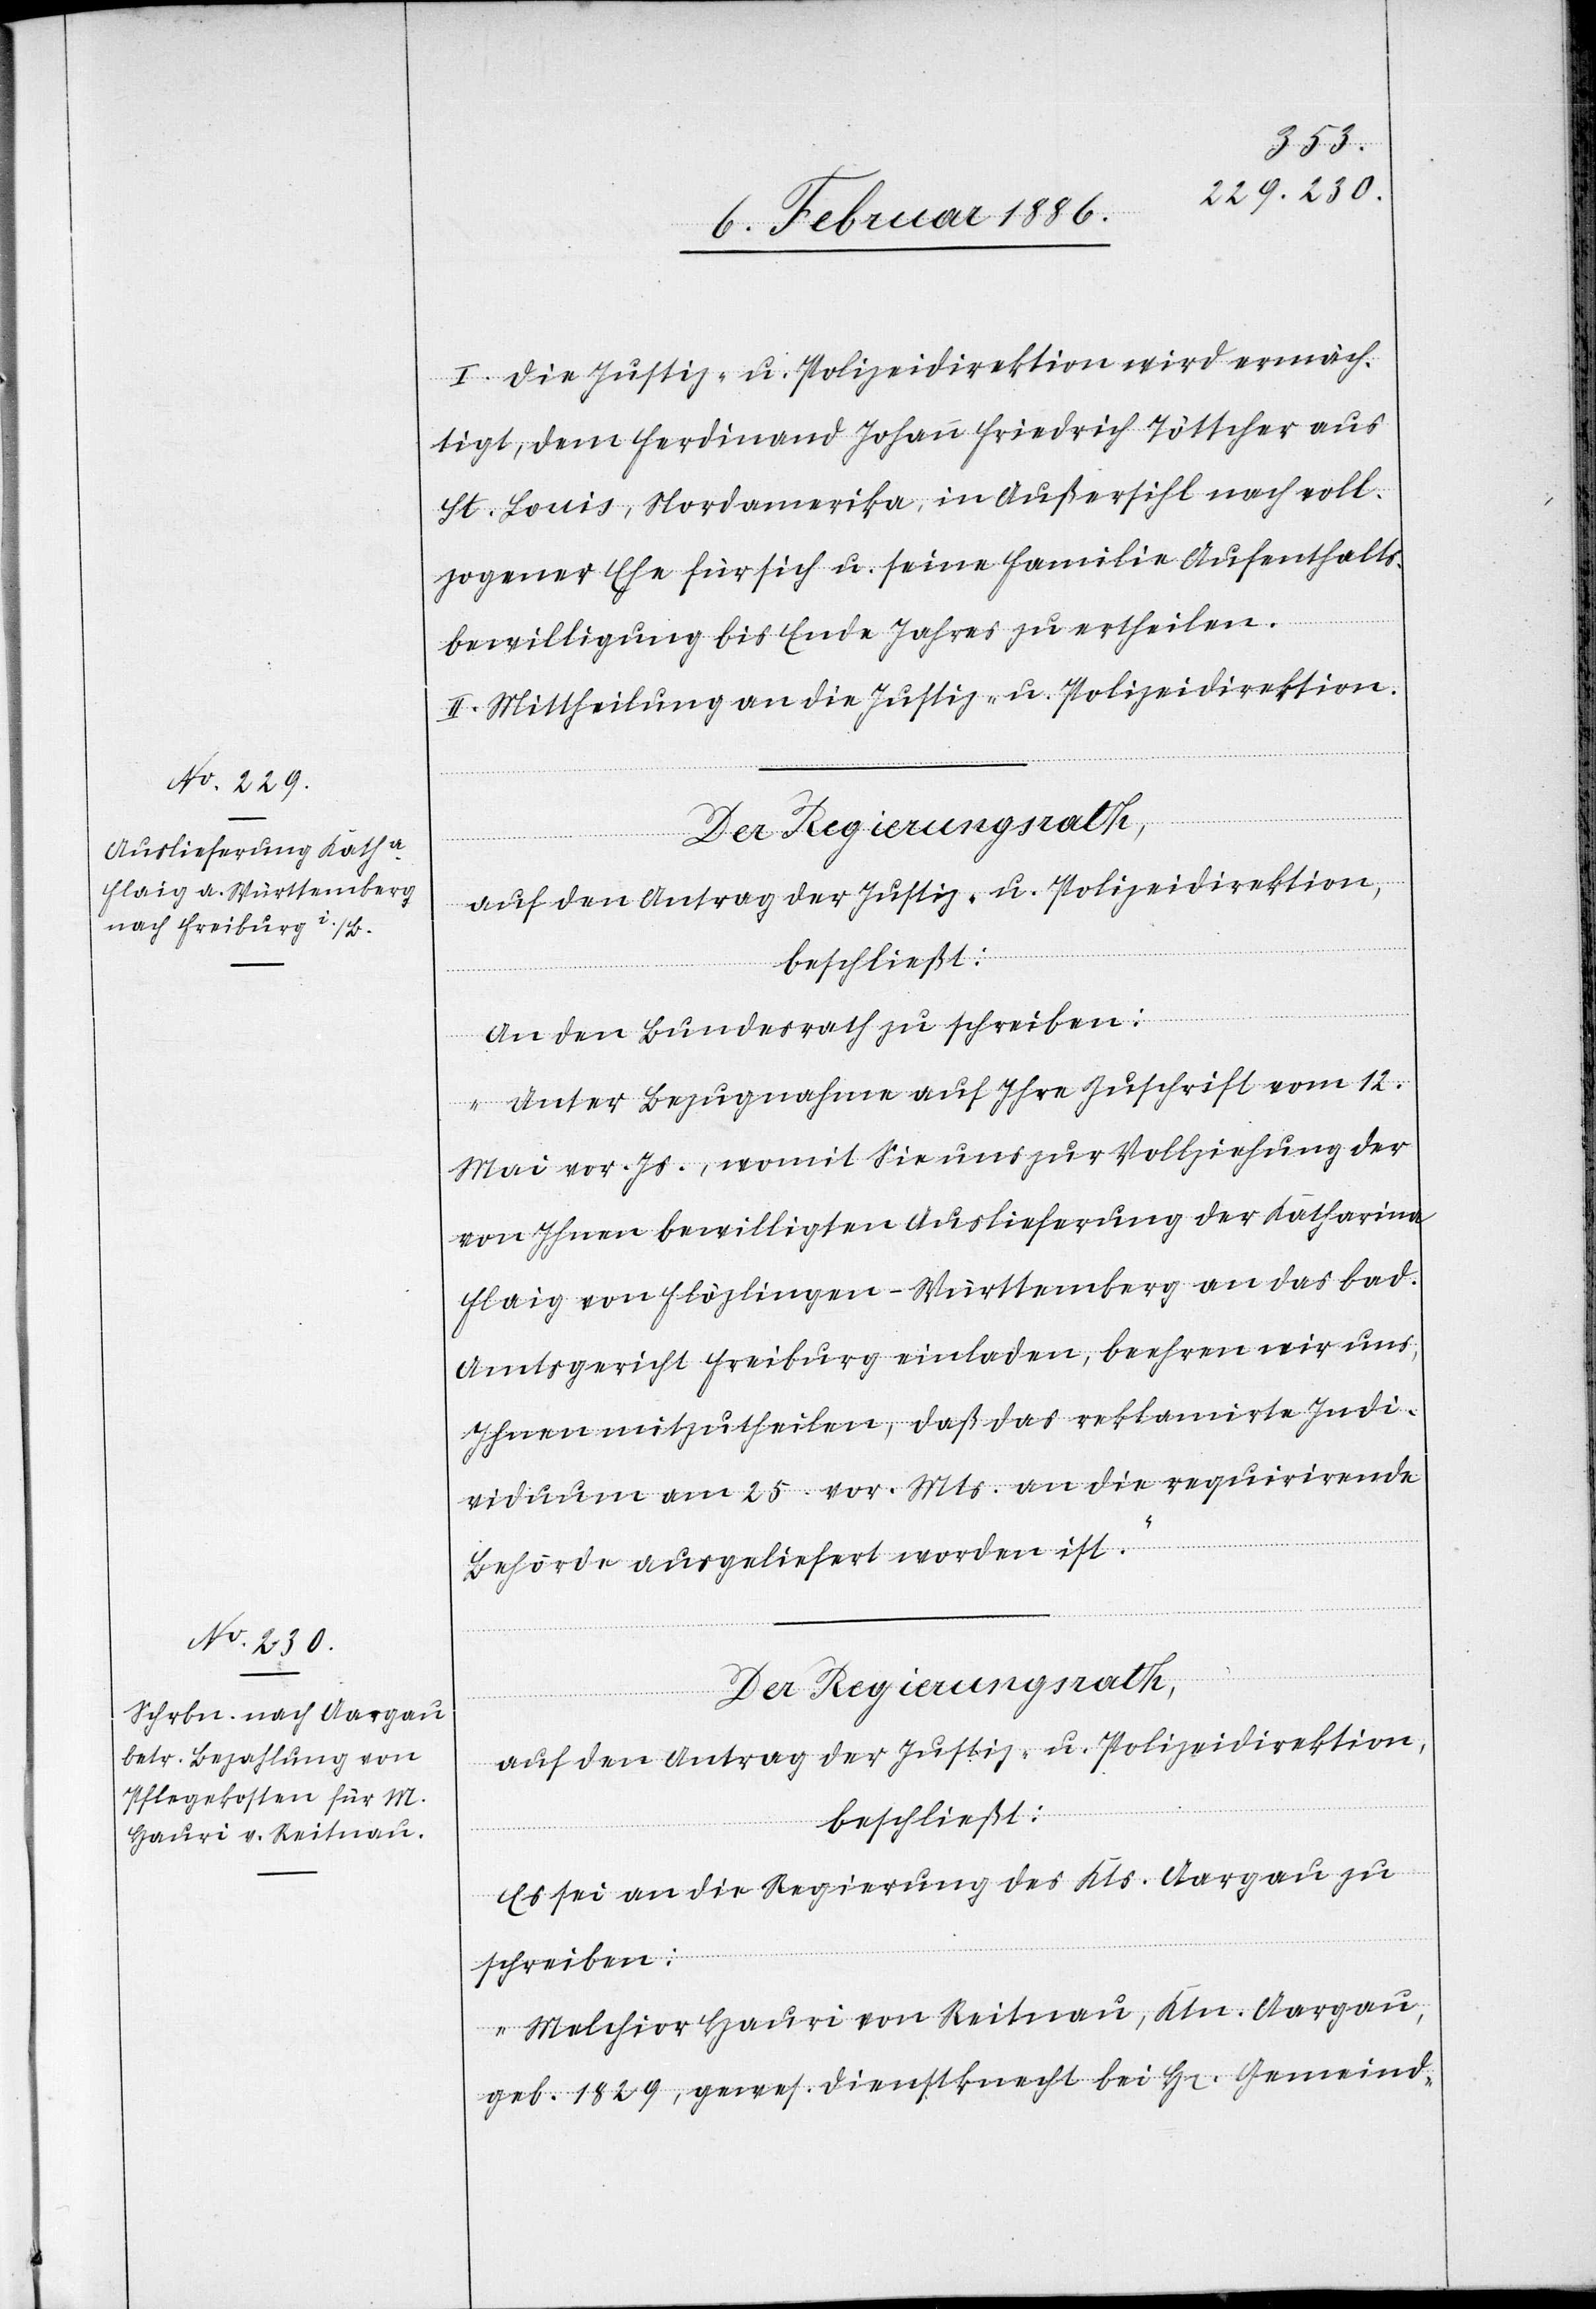
I. Die Justiz- u. Polizeidirektion wird ermäch¬
tigt, dem Ferdinand Johann Friedrich Töttcher aus
St. Louis, Nordamerika, in Außersihl nach voll¬
zogener Ehe für sich u. seine Familie Aufenthalts¬
bewilligung bis Ende Jahres zu ertheilen.
II. Mittheilung an die Justiz- u. Polizeidirektion.
Der Regierungsrath,
auf den Antrag der Justiz- u. Polizeidirektion,
beschließt:
An den Bundesrath zu schreiben:
„Unter Bezugnahme auf Ihre Zuschrift vom 12.
Mai vor. Js., womit Sie uns zur Vollziehung der
von Ihnen bewilligten Auslieferung der Katharina
Flaig von Flözlingen - Württemberg an das bad.
Amtsgericht Freiburg einladen, beehren wir uns,
Ihnen mitzutheilen, daß das reklamierte Indi¬
viduum am 25. vor. Mts. an die requirirende
Behörde ausgeliefert worden ist.“
beschließt:
Es sei an die Regierung des Kts. Aargau zu
schreiben:
„Melchior Hauri von Reitnau, Ktn. Aargau,
geb. 1829, gewes. Dienstknecht bei Hr. Gemeinde-